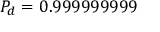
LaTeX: P _ { d } = 0 . 9 9 9 9 9 9 9 9 9